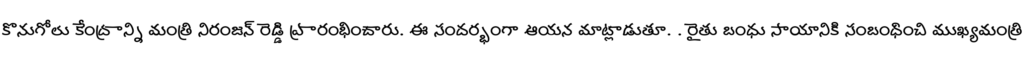
కొనుగోలు కేంద్రాన్ని మంత్రి నిరంజన్ రెడ్డి ప్రారంభించారు. ఈ సందర్భంగా ఆయన మాట్లాడుతూ. . రైతు బంధు సాయానికి సంబంధించి ముఖ్యమంత్రి